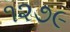
૧૨૭૯